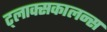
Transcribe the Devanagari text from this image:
ट्लाक्सकालन्स